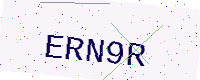
Text: ERN9R